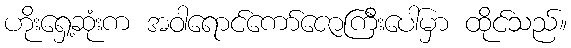
ဟိုးရှေ့ဆုံးက အဝါရောင်ကော်ဇောကြီးပေါ်မှာ ထိုင်သည်။